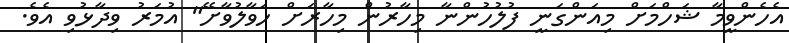
އެހެންވީމާ ޝަހްމަށް މިއަންގަނީ ފުލުހުންނާ މިހާރުން މިހާރަށް ހަވާލުވާށޭ" އުމަރު ވިދާޅުވި އެވެ.